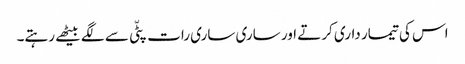
اس کی تیمار داری کرتے اور ساری ساری رات پٹّی سے لگے بیٹھے رہتے۔